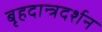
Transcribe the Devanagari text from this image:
बृहदान्त्रदर्शन